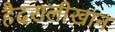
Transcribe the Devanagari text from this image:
हैदरालीखान